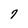
Character: 7